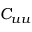
C _ { u u }